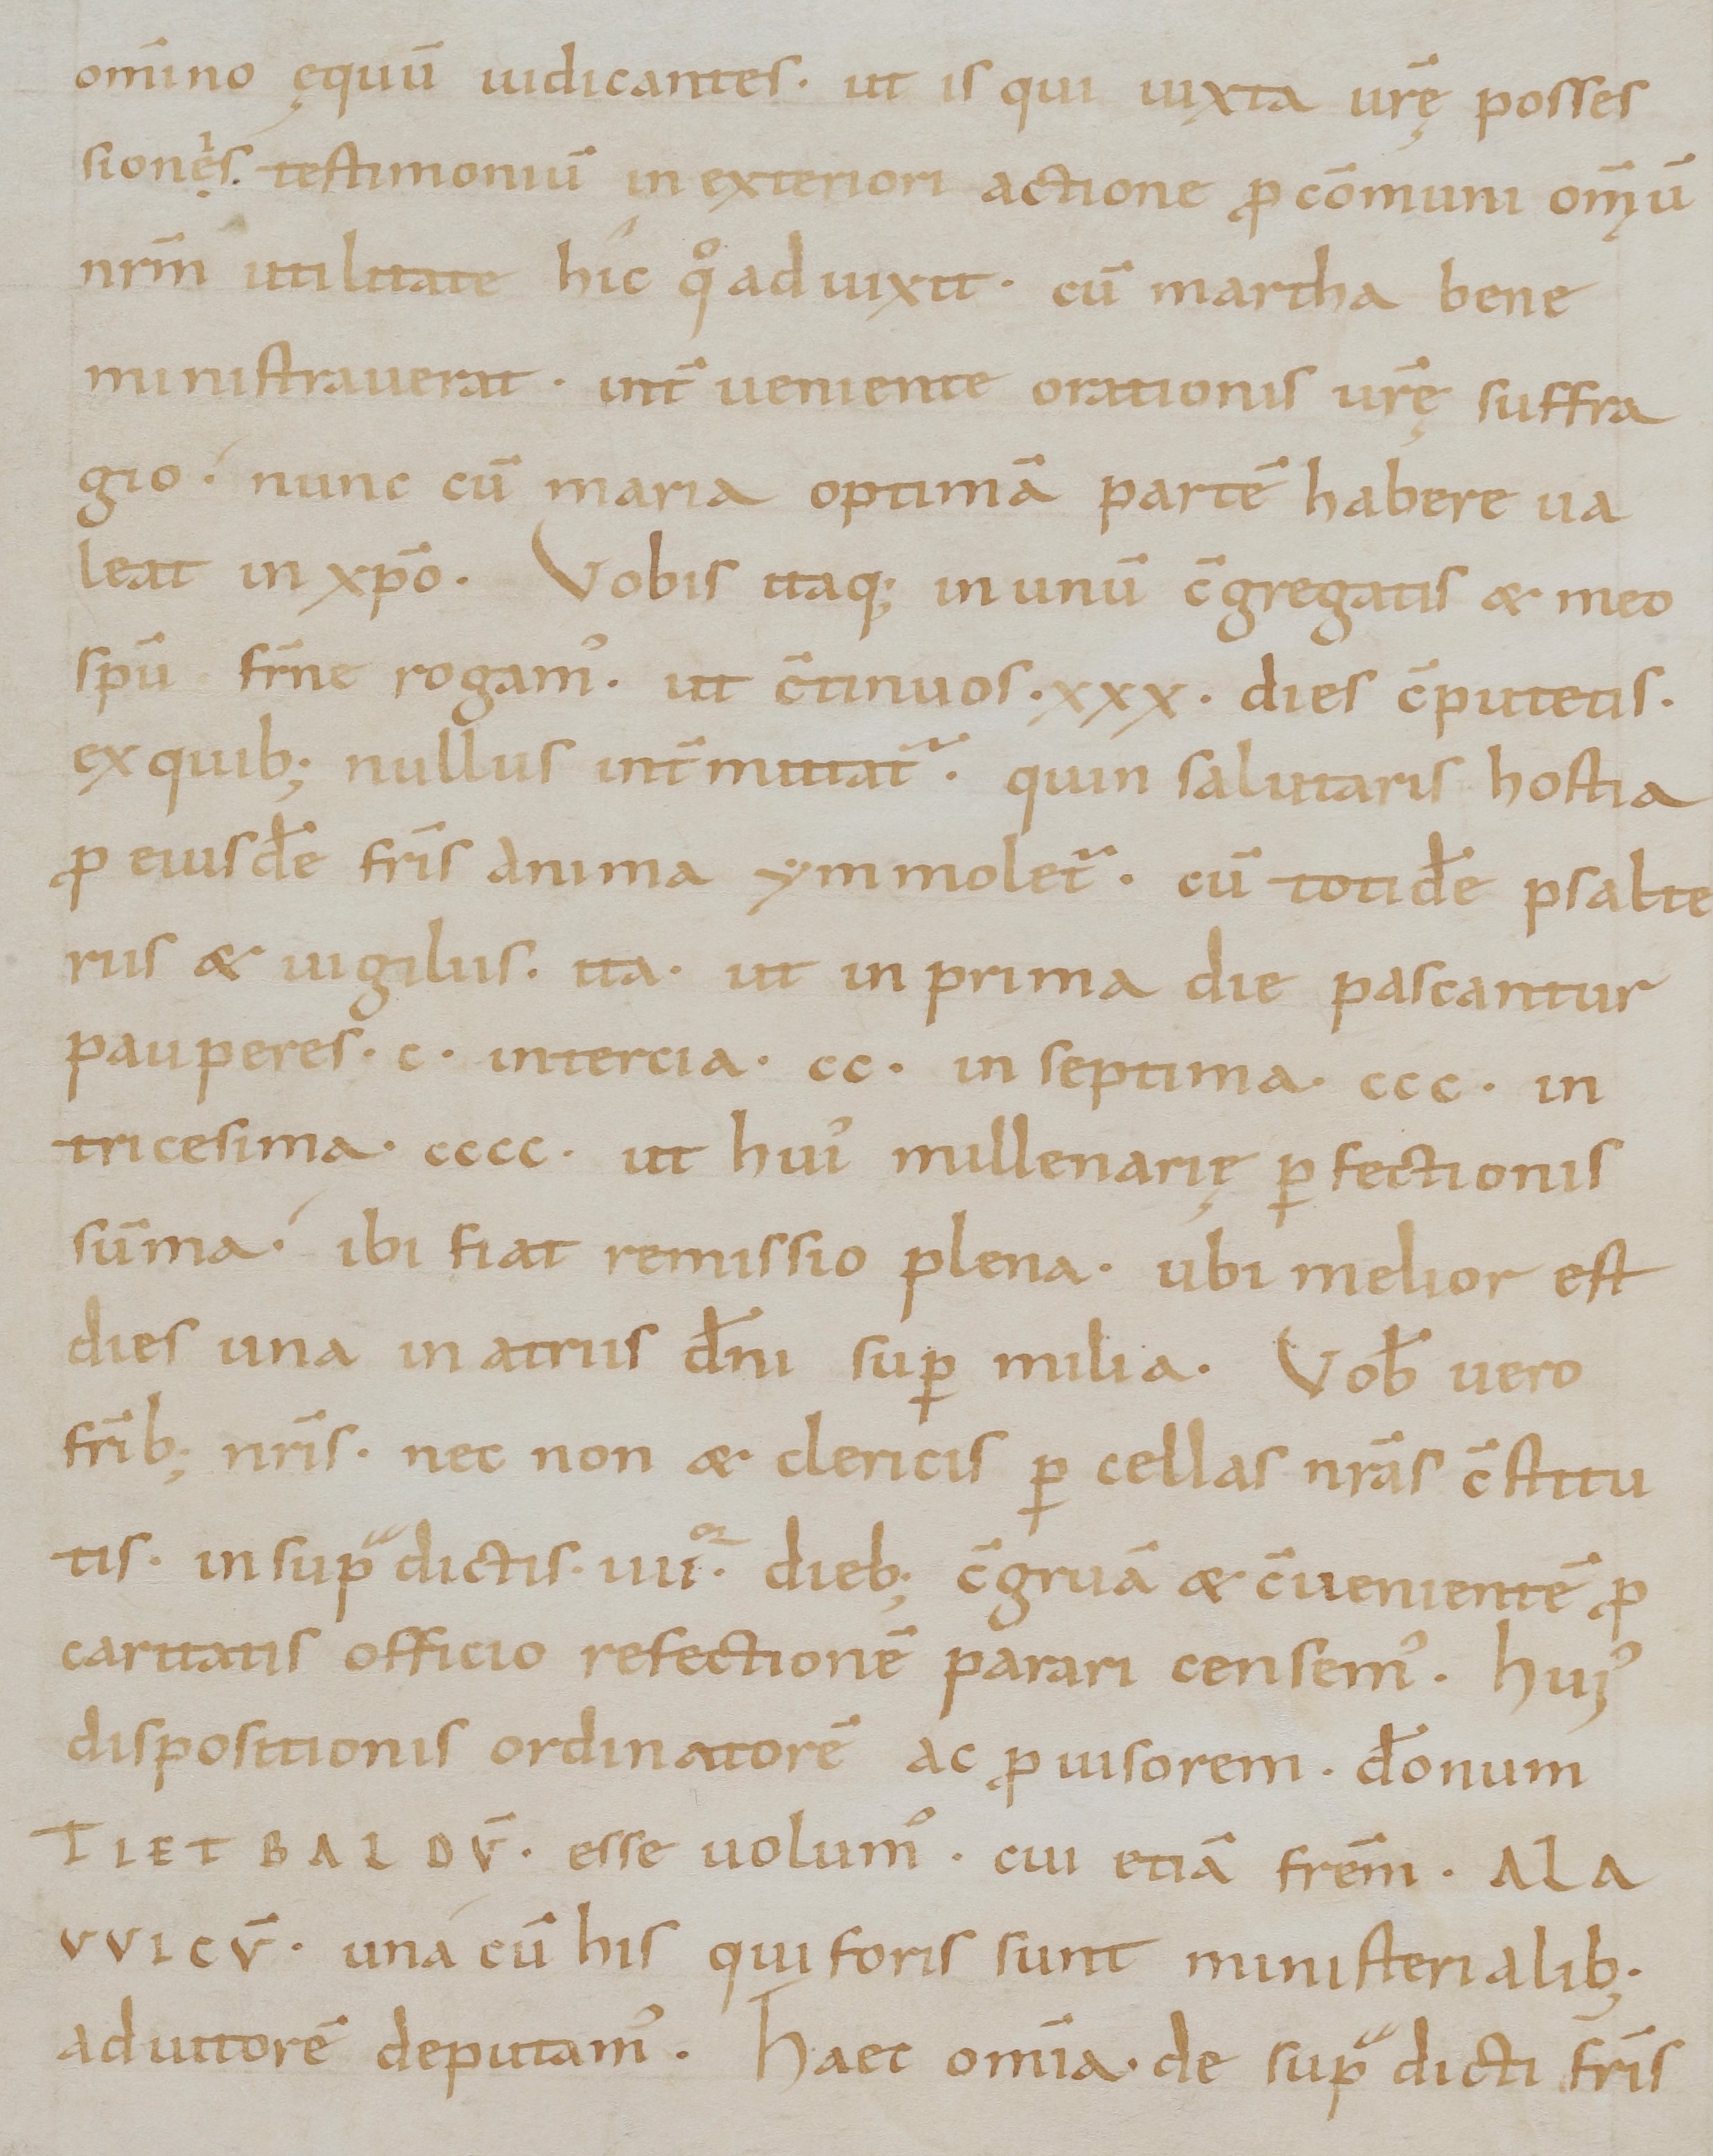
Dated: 1000–1099